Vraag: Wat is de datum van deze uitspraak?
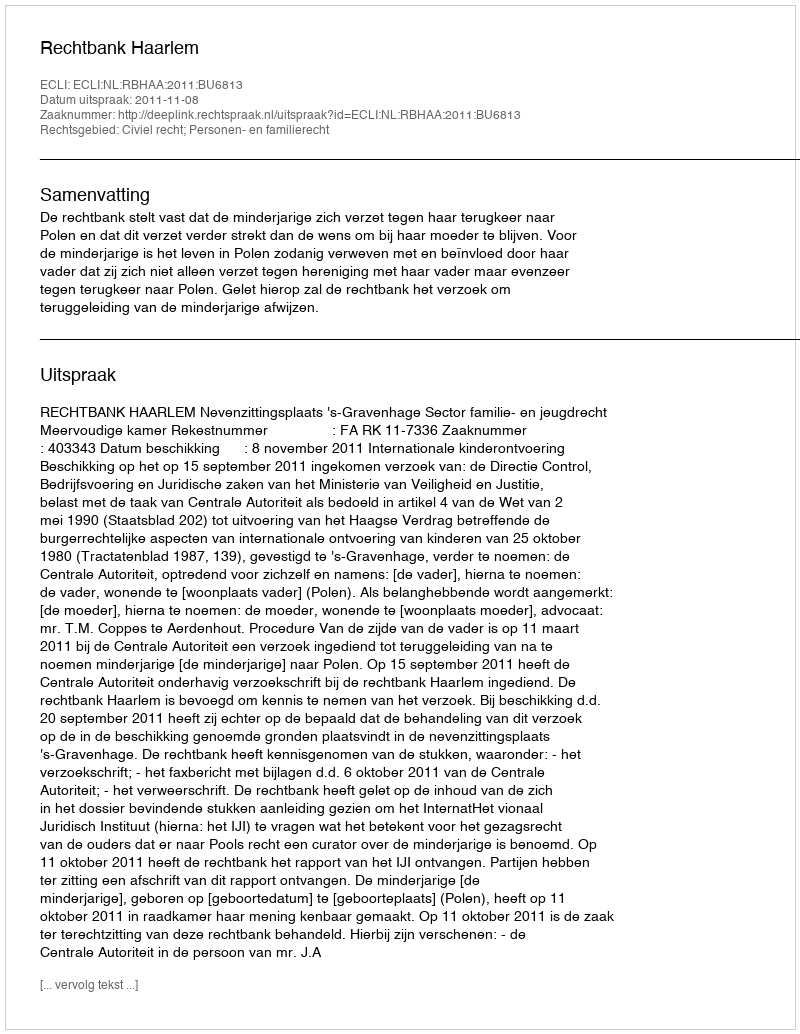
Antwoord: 2011-11-08